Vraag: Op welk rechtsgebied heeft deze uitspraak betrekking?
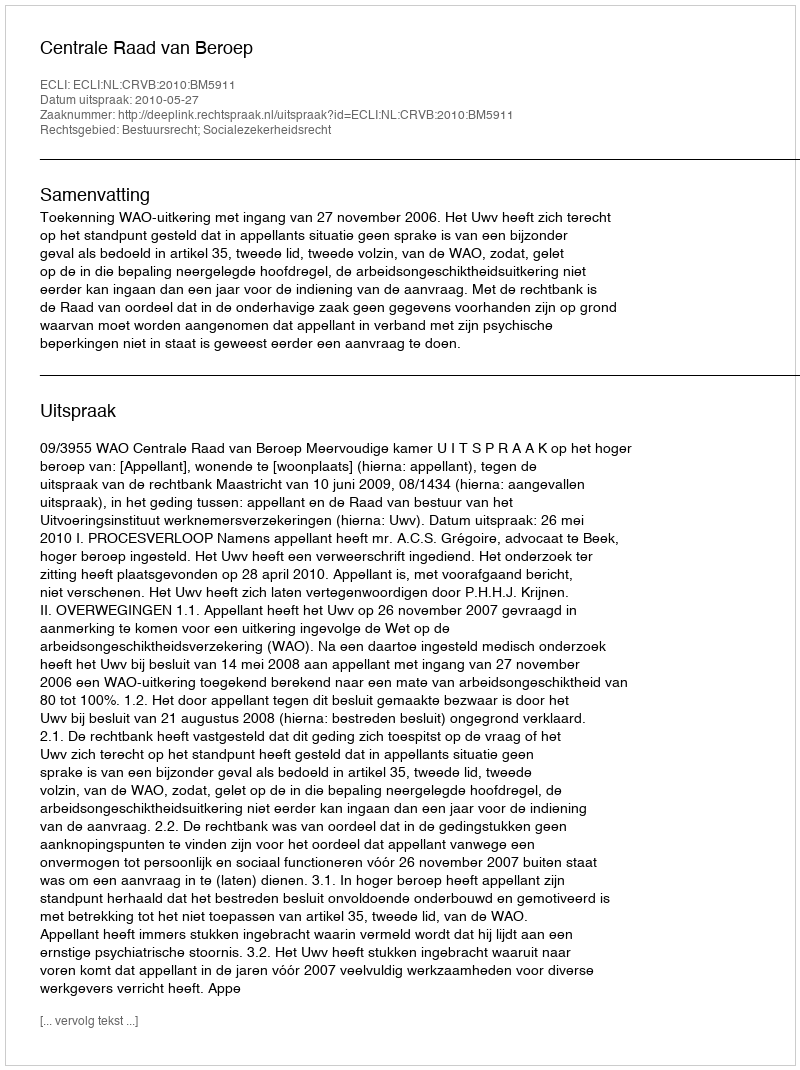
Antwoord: Bestuursrecht; Socialezekerheidsrecht